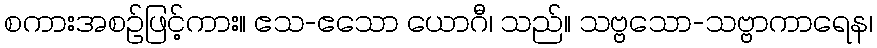
စကားအစဉ်ဖြင့်ကား။ ဧသ-ဧသော ယောဂီ၊ သည်။ သဗ္ဗသော-သဗ္ဗာကာရေန၊